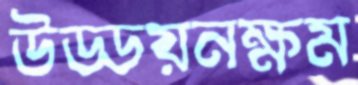
উড্ডয়নক্ষম